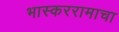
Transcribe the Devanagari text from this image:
भास्कररामाचा